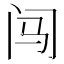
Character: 闯